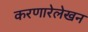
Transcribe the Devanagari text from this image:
करणारेलेखन